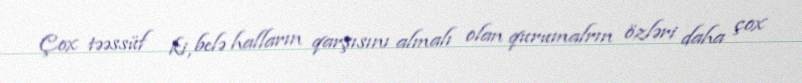
Çox təəssüf ki, belə halların qarşısını almalı olan qurumalrın özləri daha çox